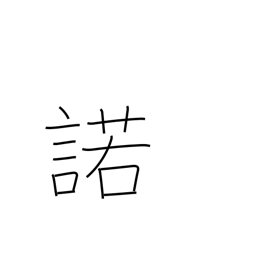
Meaning: assent